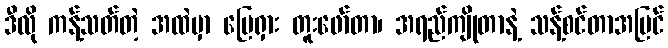
ဒီလို ကန့်သတ်တဲ့ အထဲမှာ မြေရှား တူးဖော်တာ၊ အရည်ကျိုတာနဲ့ သန့်စင်တာအပြင်